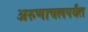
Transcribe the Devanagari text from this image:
अरुणाचलपर्यंत